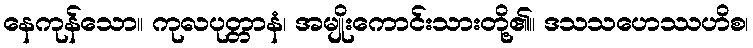
နေကုန်သော။ ကုလပုတ္တာနံ၊ အမျိုးကောင်းသားတို့၏။ ဒသသဟေဿဟိစ၊